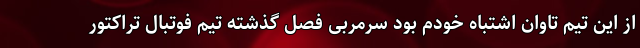
از این تیم تاوان اشتباه خودم بود سرمربی فصل گذشته تیم فوتبال تراکتور